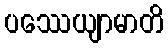
ပဿေယျာမာတိ